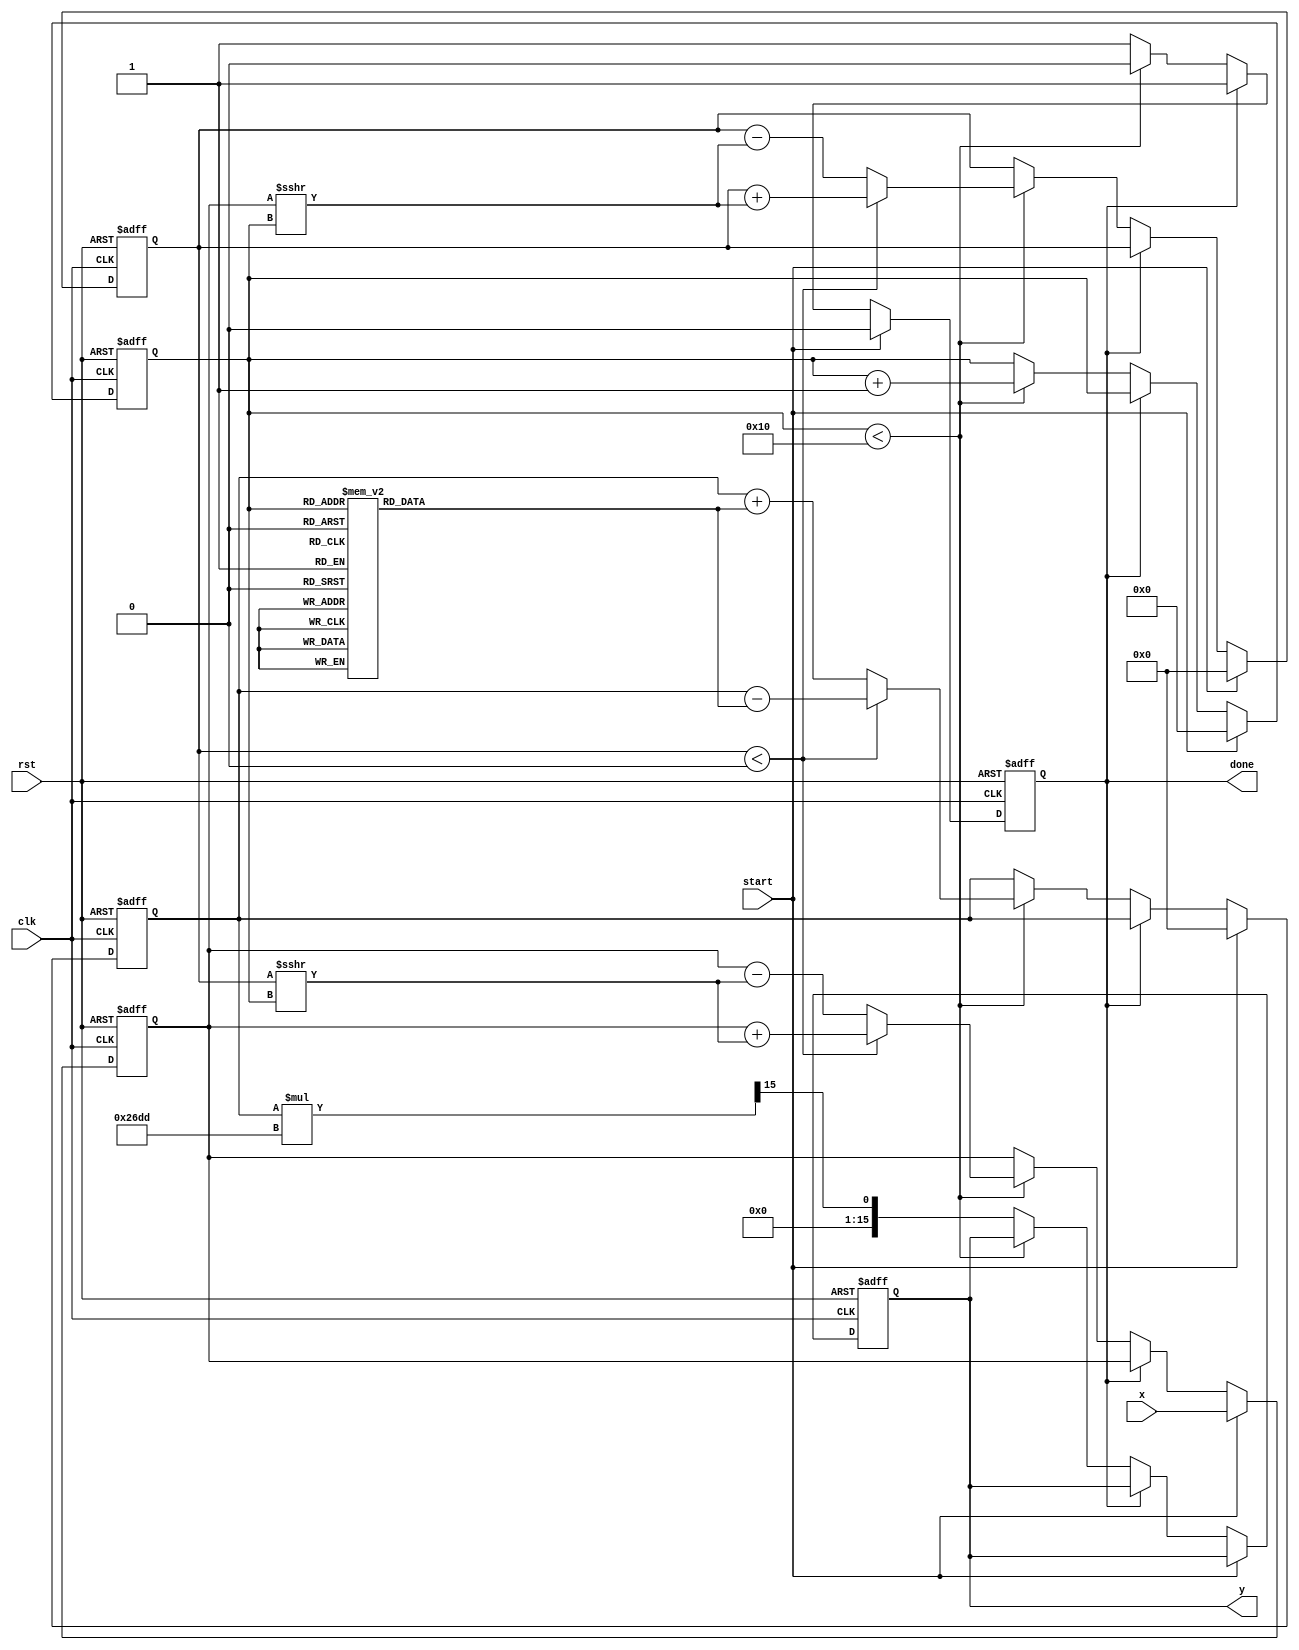
module atan_cordic (
    input clk,
    input rst,
    input start,
    input signed [15:0] x,
    output reg signed [15:0] y,
    output reg done
);

    // CORDIC parameters
    parameter NUM_ITERATIONS = 16;
    parameter CORDIC_GAIN = 16'h26DD;  // Gain for 16 iterations, approx. 1.64676
    reg signed [15:0] z [0:NUM_ITERATIONS-1];
    reg signed [15:0] x_curr, y_curr, z_curr;
    reg [3:0] iteration;
    
    // Initialize arctangent angles for CORDIC
    initial begin
        z[0] = 16'h26DC; // atan(2^0)
        z[1] = 16'h1C71; // atan(2^-1)
        z[2] = 16'h0F32; // atan(2^-2)
        z[3] = 16'h07A3; // atan(2^-3)
        z[4] = 16'h03D2; // atan(2^-4)
        z[5] = 16'h01EA; // atan(2^-5)
        z[6] = 16'h00FD; // atan(2^-6)
        z[7] = 16'h007E; // atan(2^-7)
        z[8] = 16'h003F; // atan(2^-8)
        z[9] = 16'h001F; // atan(2^-9)
        z[10] = 16'h000F; // atan(2^-10)
        z[11] = 16'h0007; // atan(2^-11)
        z[12] = 16'h0003; // atan(2^-12)
        z[13] = 16'h0001; // atan(2^-13)
        z[14] = 16'h0000; // atan(2^-14)
        z[15] = 16'h0000; // atan(2^-15)
    end

    always @(posedge clk or posedge rst) begin
        if (rst) begin
            y <= 0;
            done <= 0;
            iteration <= 0;
            x_curr <= 0;
            y_curr <= 0;
            z_curr <= 0;
        end else if (start) begin
            // Initialize for CORDIC
            x_curr <= x;
            y_curr <= 0;
            z_curr <= 0;
            done <= 0;
            iteration <= 0;
        end else if (!done) begin
            // CORDIC iterations
            if (iteration < NUM_ITERATIONS) begin
                if (y_curr < 0) begin
                    x_curr <= x_curr + (y_curr >>> iteration);
                    y_curr <= y_curr + (x_curr >>> iteration);
                    z_curr <= z_curr - z[iteration];
                end else begin
                    x_curr <= x_curr - (y_curr >>> iteration);
                    y_curr <= y_curr - (x_curr >>> iteration);
                    z_curr <= z_curr + z[iteration];
                end
                iteration <= iteration + 1;
            end else begin
                // Final scaling
                y <= (z_curr * CORDIC_GAIN) >>> 15; // Scale output
                done <= 1;
            end
        end
    end

endmodule